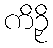
ကိဉှိ